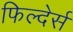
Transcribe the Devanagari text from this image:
फिल्देर्स